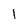
Character: 1